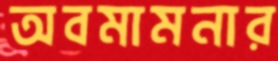
অবমামনার